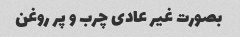
بصورت غیر عادی چرب و پر روغن